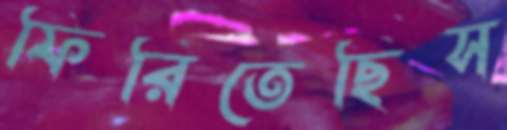
ফিরিতেছিস